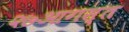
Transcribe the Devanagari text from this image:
२७आगस्त